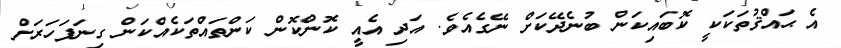
އެ ޙައްޤުތަކަކީ ކޮބައިކަން ބުނެދޭކަށް ނޭގެއެވެ. އަދި އެއީ ކޮންކޮން ކަންތައްތަކެއްކަން ގިނަފަހަރަށް